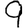
Digit: 9